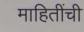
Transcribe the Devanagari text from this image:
माहितींची